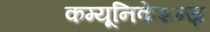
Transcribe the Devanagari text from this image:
कम्यूनिकेशन्ज़